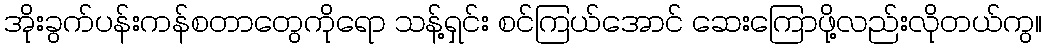
အိုးခွက်ပန်းကန်စတာတွေကိုရော သန့်ရှင်း စင်ကြယ်အောင် ဆေးကြောဖို့လည်းလိုတယ်ကွ။